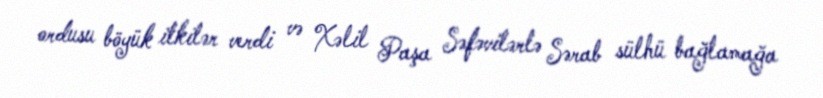
ordusu böyük itkilər verdi və Xəlil Paşa Səfəvilərlə Sərab sülhü bağlamağa